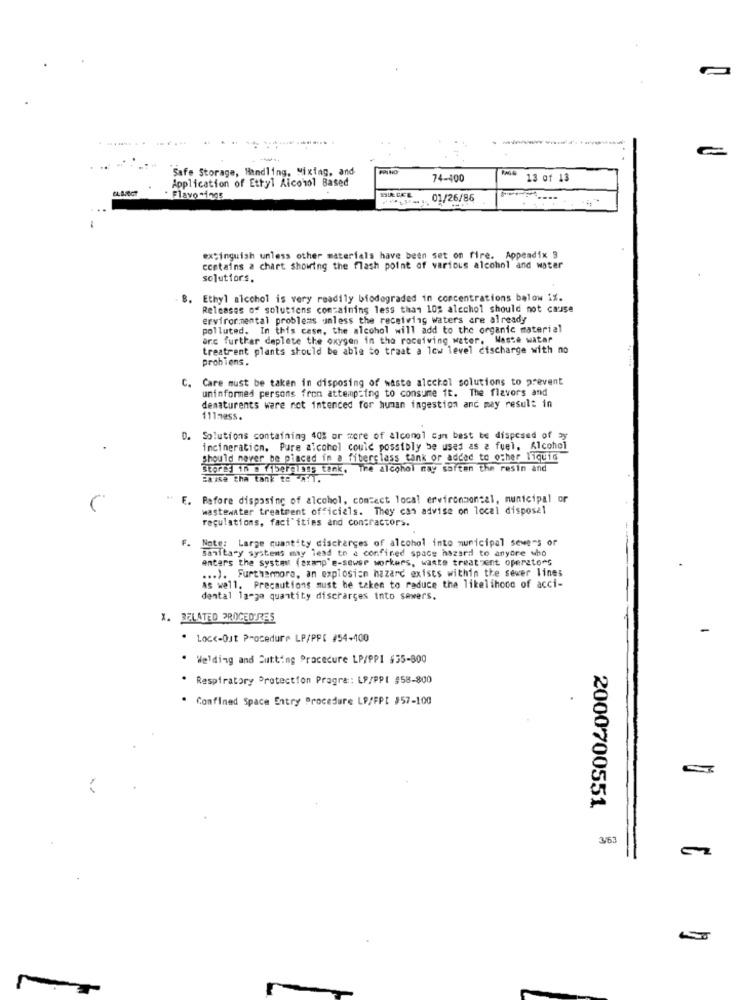
----
Safe Storage, Handling, Mixing, and
Application of Ethyl Alcohol Based
74-400
13 of 13
Flavo -ings
01/26/86
extinguish unless other materials have been set on fire. Appendix 3
contains a chart showing the flash point of various alcohol and water
solutior.s.
. Ethyl alcohol is very readily biodegraded in concentrations balow i%.
Releases of solutions containing less than 10% alcchol should not cause
ervirormental problems unless the receiving waters are already
polluted. In this case, the alcohol will add to the organic material
orc further deplete the oxygen in the roceiving water. Waste watar
treatrent plants should be able to traat a low level discharge with no
probiens.
C.
Care must be taken in disposing of waste alcchol solutions to prevent
uninformed persons fron attempting to consume it. The flavors and
dematurents ware not intended for human ingestion and may result in
111mass.
Solutions containing 40% or more of alcongl can best be disposed of
incineration. Pure alcohol could possibly be used as a fuel, Alcohol
Should never be placed in a fiberclass tank or added to other liquid
StorEy in . fiberglass tank, The alcohol may saften the resin and
Basse tha tank to A!T.
F.
Before disposing of alcohol, comtect local ervircomoneal, municipal or
wastewater treatment officiels. They can advise on local disposal
regulations, facilities and contractors.
F. Note: Large quantity discharges of alcohol into municipal sewers of
sanitary systems may lead to a confined space hazard to anyore who
Antars the syste: (examp'e-sewer workers, waste treat zent operators
... ). Furthermore, an explosion hazard exists within the sewer lines
as well. Precautions must be taken to reduce the likelihood of acci-
dental la-ga quantity discharges into sewers.
X. RELATED PROCEDURES
· Lock-Out Procedure LP/PP( #54-100
. Welding and Cutting Pracecure LP/PPI $55-800
. Respiratory Protection Pragra: LP/PPI #58-800
* Confined Space Entry Procedure LP/FPI $57-100
2000700551
3/63